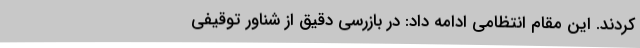
کردند. این مقام انتظامی ادامه داد: در بازرسی دقیق از شناور توقیفی